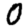
Digit: 0